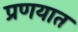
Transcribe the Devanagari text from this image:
प्रणयात